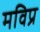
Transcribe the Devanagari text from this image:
मविप्र